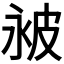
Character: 𬐔